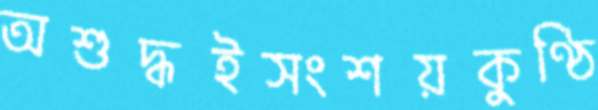
অশুদ্ধইসংশয়কুণ্ঠি